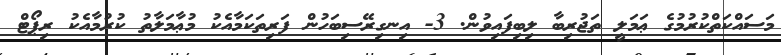
މަސައްކަތްކުރުމުގެ ޢަމަލީ ތަޖުރިބާ ލިބިފައިވުން. 3- އިނގިރޭސިބަހުން ފަރިތަކަމާއެކު މުޢާމަލާތު ކުރުމާއެކު ރިޕޯޓް